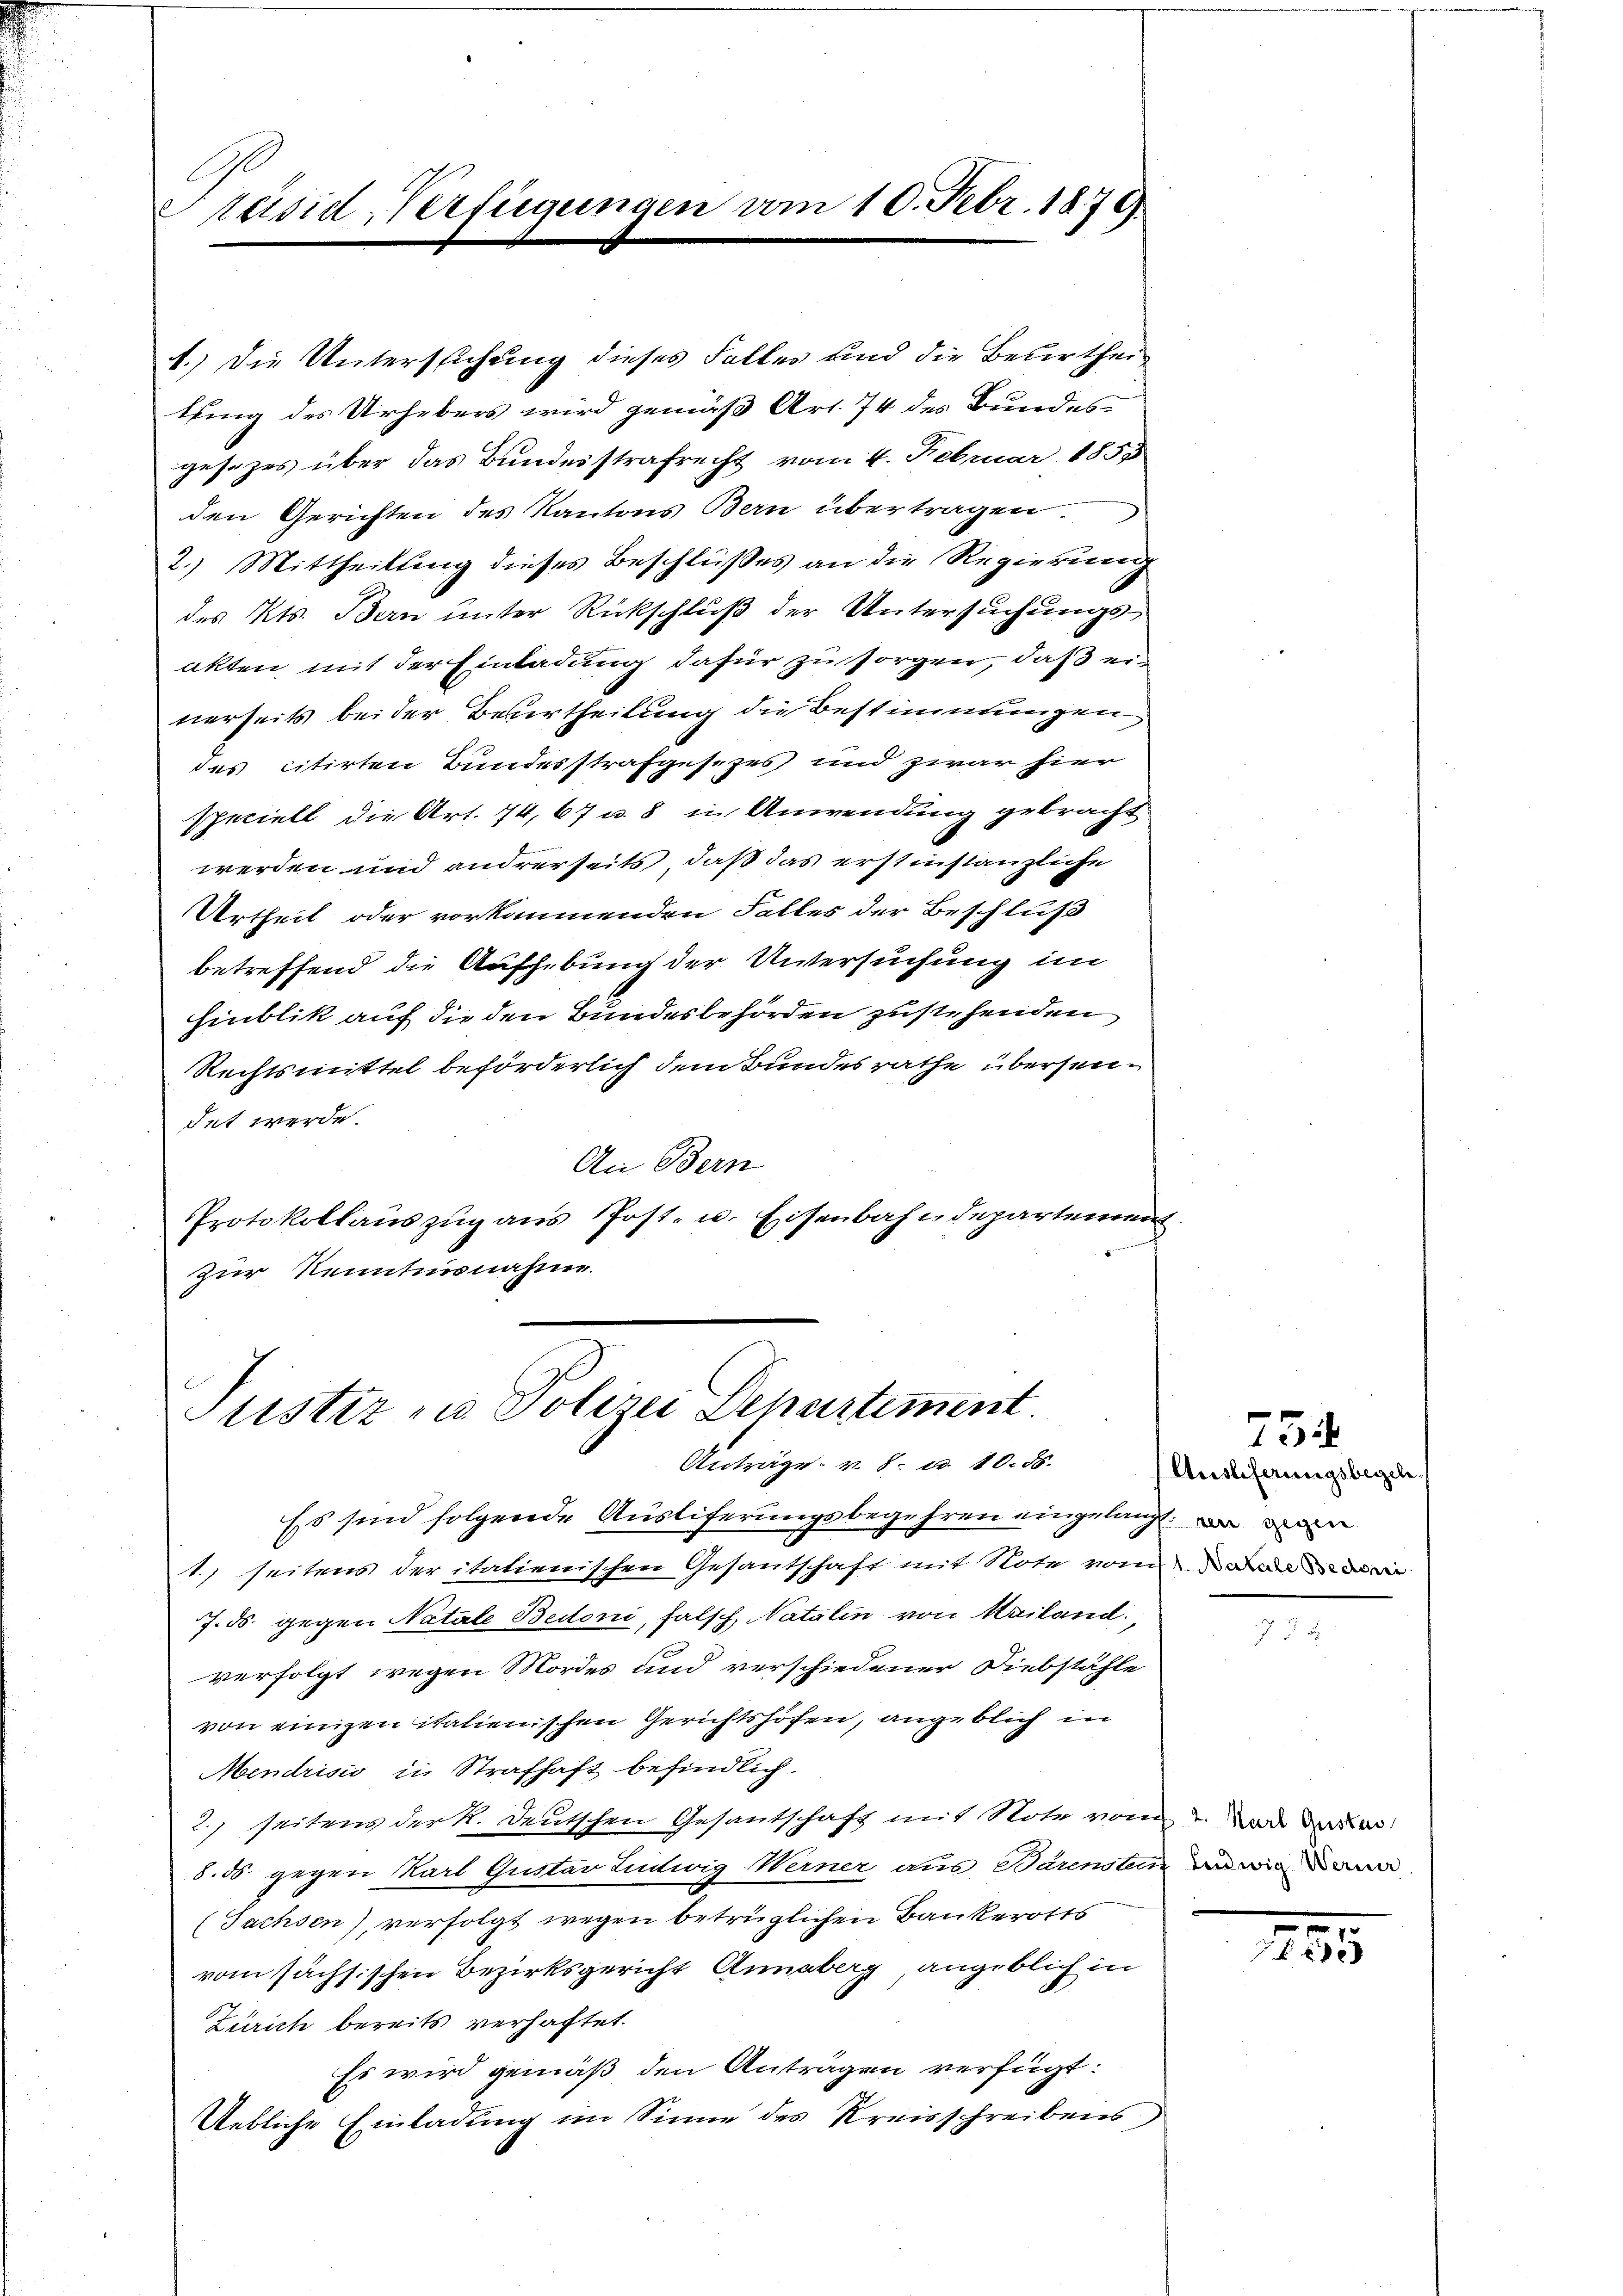
räsid-Verfügungen vom 10. Febr. 1879.

werden und andrerseits, daß das erstinstanzliche
Urtheil oder vorkommenden Falles der Beschluß
betreffend die Aufhebung der Untersuchung im
hinblik auf die den Bundesbehörden zustehenden
Rechtsmittel beförderlich dem Bundesrathe übersendet werde.
An Bern
Protokollauszug aus Post- u. Eisenbahndepartement
zur Kenntnisnahme

1.) Die Untersuchung dieses Falles und die Besirtheikling des Urhebers wird gemäß Art. 74 des Bundes-
gesezes über das Bundesstrafrecht vom 4. Februar 1857
den Gerichten des Kantons Bern übertragen.
2.) Mittheilung dieses Beschlußes an die Regierung
des Kts. Bern unter Rückschluß der Untersuchungs-
akten, mit der Einladung dafür zu sorgen, daß einerseits beider Beurtheilung die Bestimmungen
des citirten Bundesstrafgesezes und zwar hier
speciell die Art. 74, 67 u. 8 in Anwendung gebracht

Justiz in Polizei Departiment.
Anträge v. 8. u. 10. 88.

Es sind folgende Ausliferungsbegehren eingelangt. Der
1.) seitens der italienischen Gesantschaft mit Note vom den
7. ds. gegen Natale Bedoni, falsch Natalin von Mailand.
verfolgt wegen Mordes und verschiedener Diebstähle
von einigen italienischen Gerichtshofen, angeblich in
Mendrisis in Strafhaft befindlich.
2.) seitens der k. Deutschen Gesantschaft mit Note vom 2. Und daher
8. ds. gegen Karl Gustav Ludwig Werner aus Bärensten der wie
(Sachsen), verfolgt wegen betrüglichen Bankerotts
vom sächsischen Bezirksgericht Annaberg angeblich in
Zürich bereits verhaftet.
Es wird gemäß den Antragen verfügt:
Uebliche Einladung im Sinne des Kreisschreibens

Auslieferungsbegeh

734

e

1255